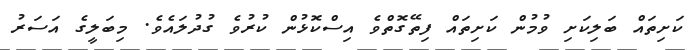
ކަށިތައް ބަލިކަށި ވުމުން ކަށިތައް ފިތޭގޮތްވެ އިސްކޮޅުން ކުރުވެ ގުދުލައެވެ. މިބަލީގެ އަސަރު